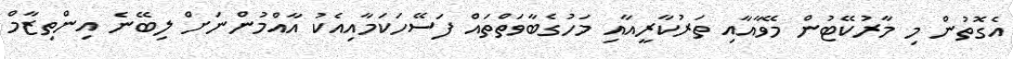
އެގޮތުން މި މާރުކޭޓުން މޭވާއާއި ތަރުކާރީއާއި މަހުގެބާވަތްތައް ފަސޭހަކަމާއިއެކު އާއްމުންނަށް ލިބޭނެ އިންތިޒާމް